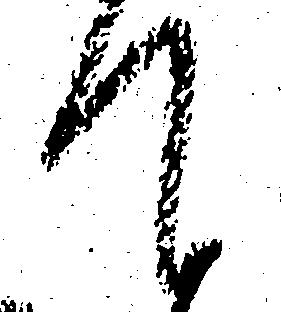
て